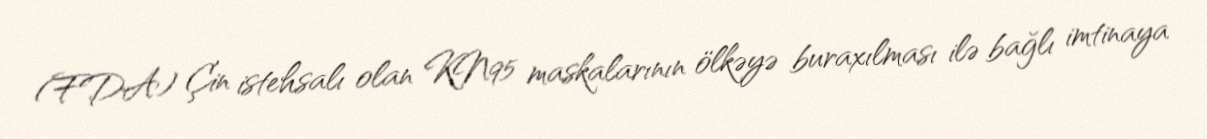
(FDA) Çin istehsalı olan KN95 maskalarının ölkəyə buraxılması ilə bağlı imtinaya